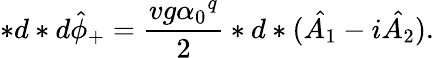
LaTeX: *d*d{\hat{\phi}}_{+}=\frac{vg{\alpha_{0}}^{q}}{2}*d*(\hat{A_{1}}-i\hat{A_{2}}).